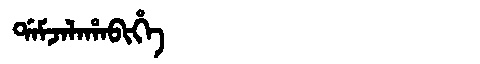
Manchu: ᡩᠠᠮᠵᠠᠯᠠᡥᠠᠪᡳᡥᡝ
Romanization: DAMJALAHABIHE